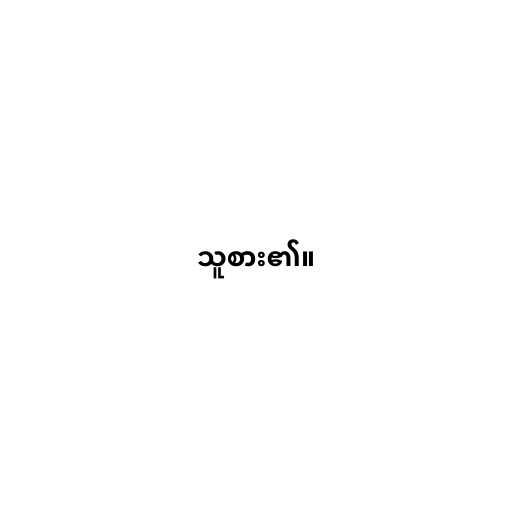
သူစား၏။